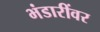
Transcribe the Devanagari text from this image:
भंडारींवर